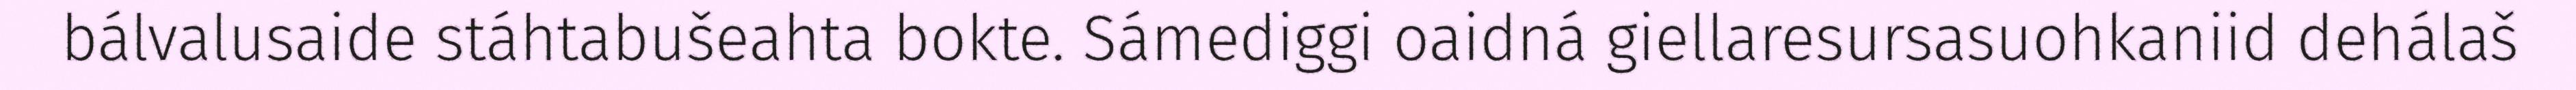
bálvalusaide stáhtabušeahta bokte. Sámediggi oaidná giellaresursasuohkaniid dehálaš